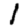
Digit: 1